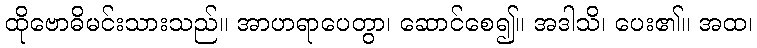
ထိုဗောဓိမင်းသားသည်။ အာဟရာပေတွာ၊ ဆောင်စေ၍။ အဒါသိ၊ ပေး၏။ အထ၊